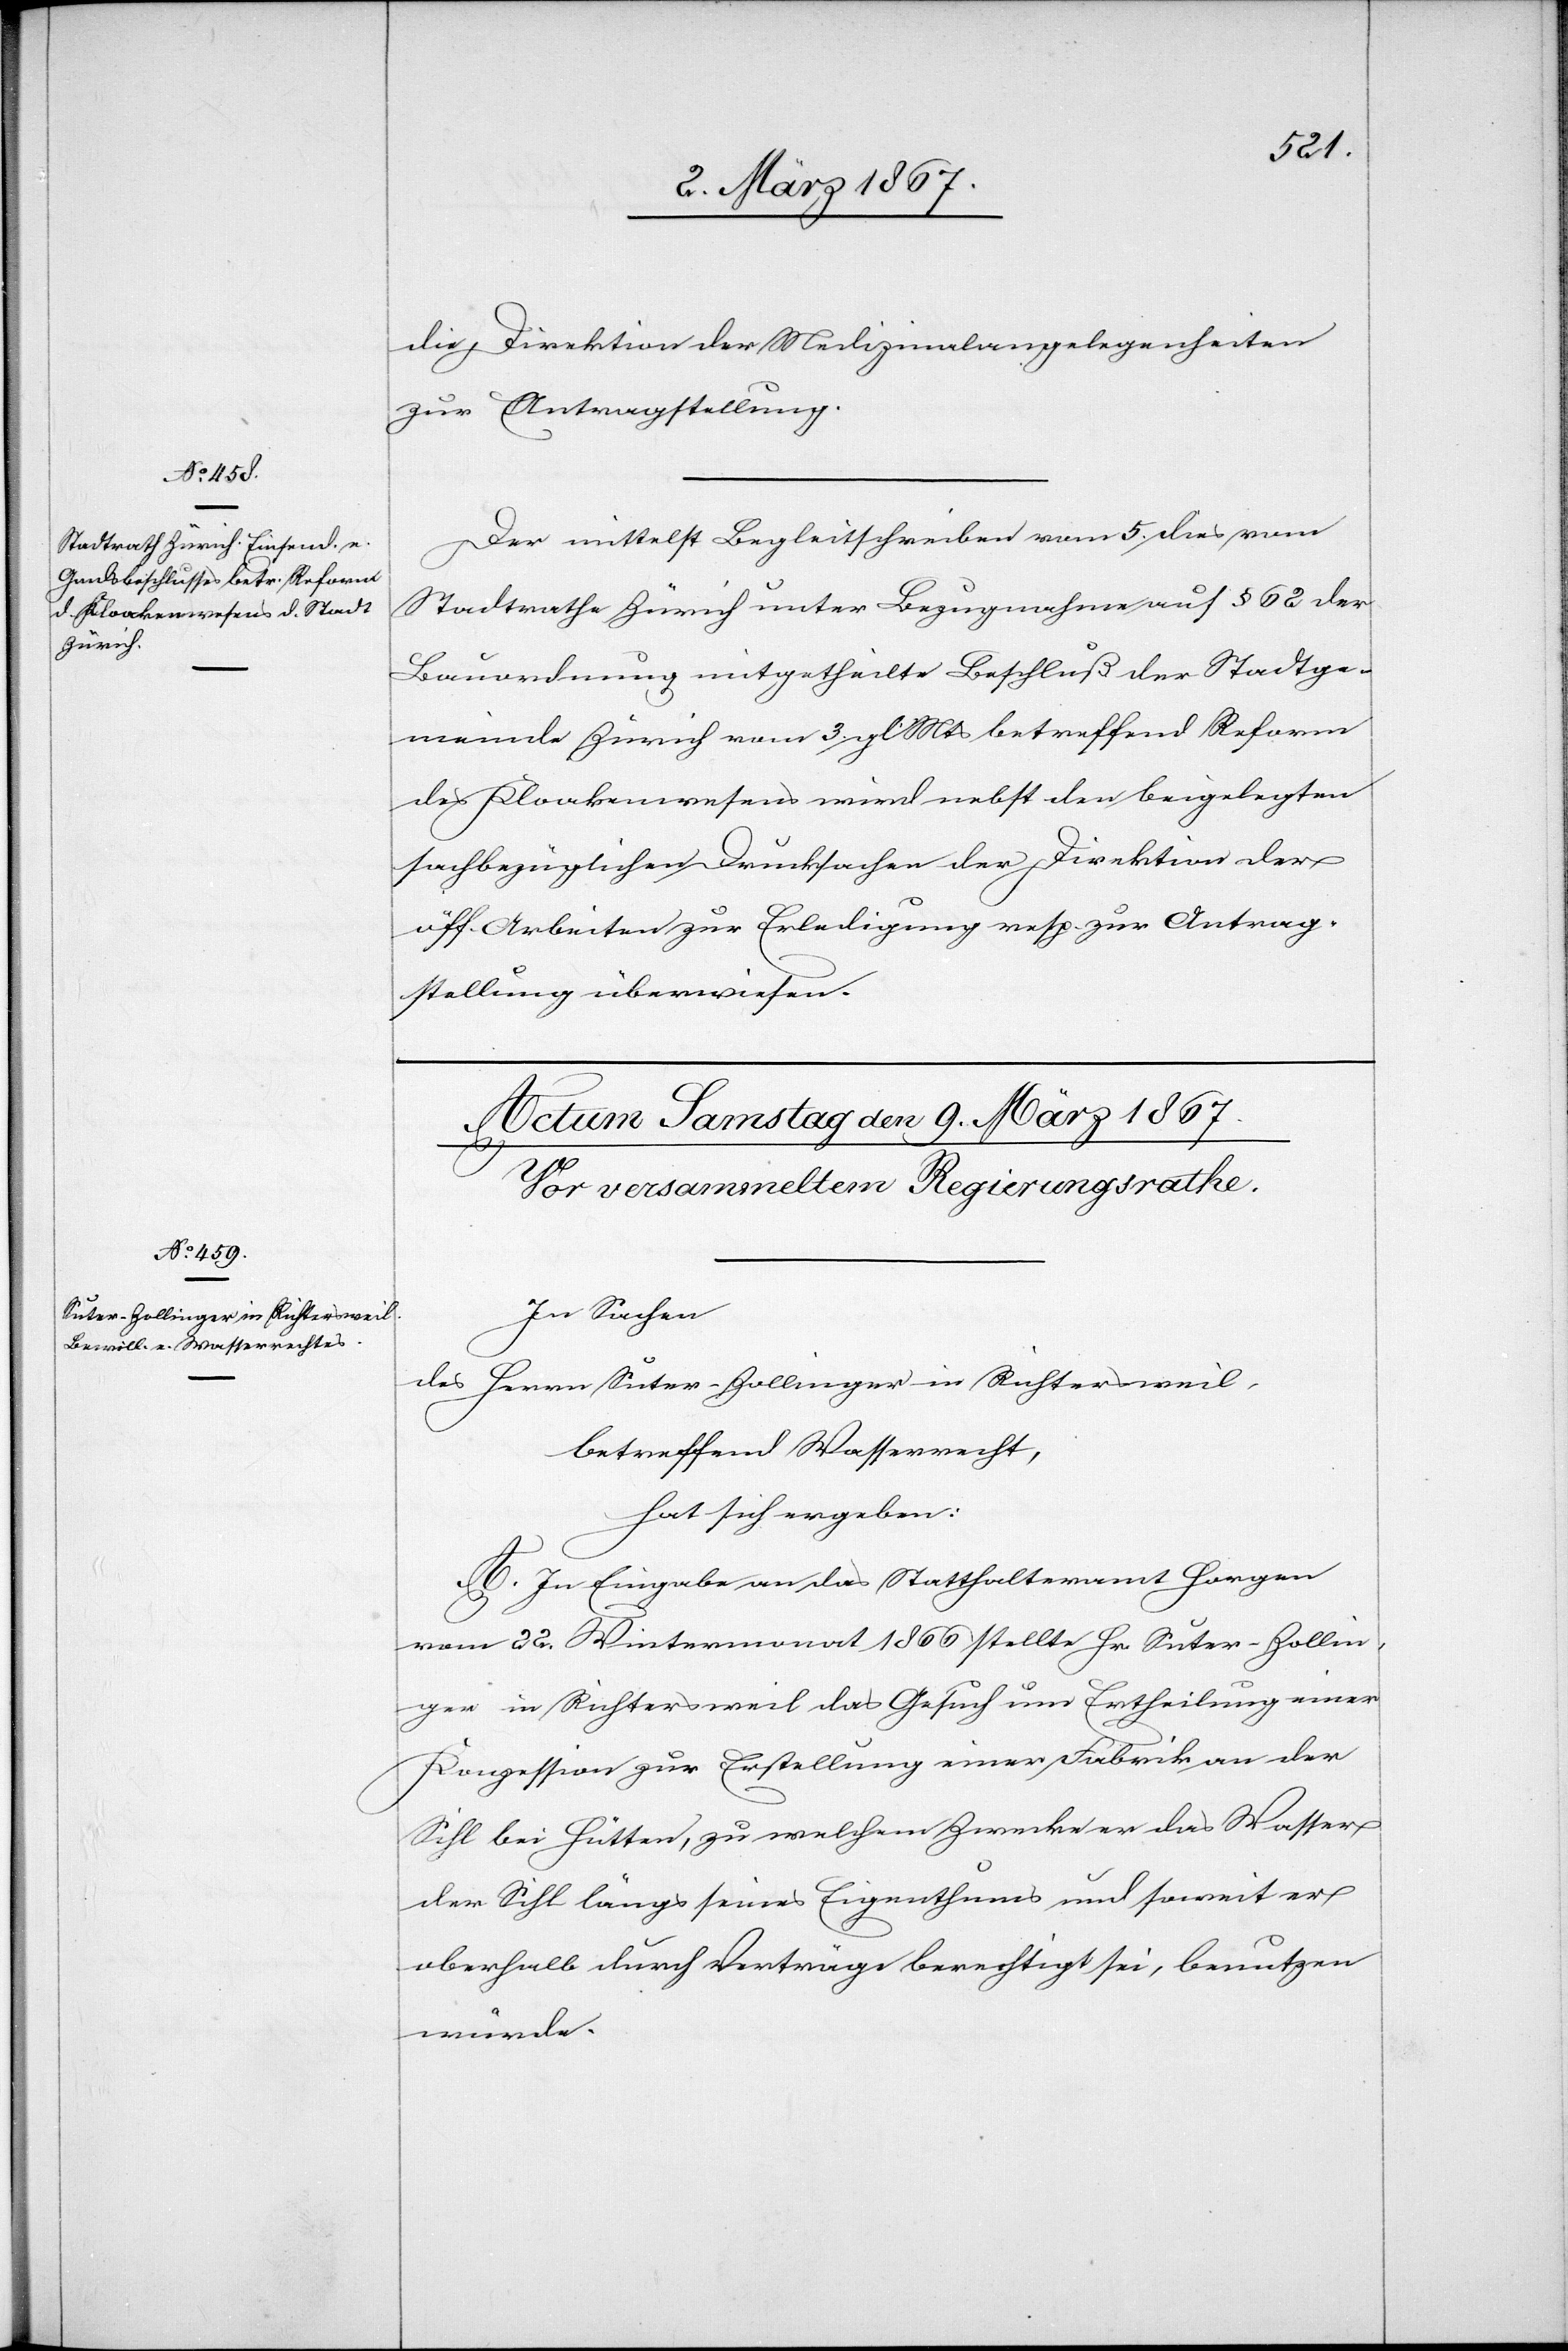
8. März 1867.]
die Direktion der Medizinalangelegenheiten
zur Antragstellung.
Der mittelst Begleitschreiben vom 5. dies vom
Stadtrathe Zürich unter Bezugnahme auf § 62 der
Bauordnung mitgetheilte Beschluß der Stadtge¬
meinde Zürich vom 3. gl. Mts betreffend Reform
des Kloakenwesens wird nebst den beigelegten
sachbezüglichen Drucksachen der Direktion der
öff. Arbeiten zur Erledigung resp. zur Antrag¬
stellung überwiesen.
In Sachen
des Herrn Suter-Zollinger in Richtersweil,
betreffend Wasserrecht,
hat sich ergeben:
A. In Eingabe an das Statthalteramt Horgen
vom 22. Wintermonat 1866 stellte Hr. Suter-Zollin¬
ger in Richtersweil das Gesuch um Ertheilung einer
Konzession zur Erstellung einer Fabrik an der
Sihl bei Hütten, zu welchem Zwecke er das Wasser
der Sihl längs seines Eigenthumes und soweit er
oberhalb durch Verträge berechtigt sei, benutzen
würde.